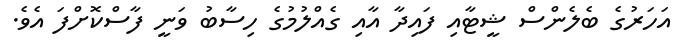
އަހަރުގެ ބެލެންސް ޝީޓާއި ފައިދާ އާއި ގެއްލުމުގެ ހިސާބު ވަނީ ފާސްކޮށްފަ އެވެ.